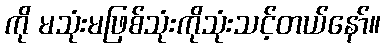
ကို မသုံးမဖြစ်သုံးကိုသုံးသင့်တယ်နော်။